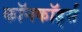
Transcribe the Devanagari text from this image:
कॉनकॉर्ड्स